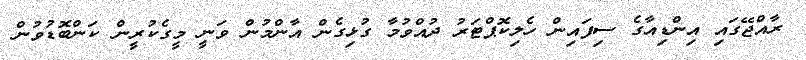
ރާއްޖޭގައި އިންޑިއާގެ ސިފައިން ހެލިކޮޕްޓަރު ދުއްވުމާ ގުޅިގެން އާންމުން ވަނީ މީގެކުރީން ކަންބޮޑުވުން